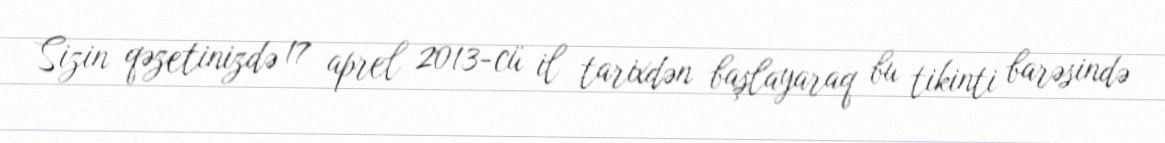
Sizin qəzetinizdə 17 aprel 2013-cü il tarixdən başlayaraq bu tikinti barəsində